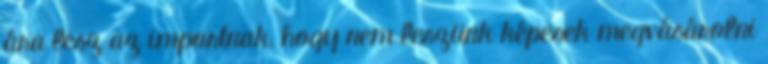
ára lesz az importnak, hogy nem leszünk képesek megvásárolni